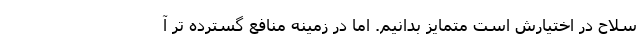
سلاح در اختیارش است متمایز بدانیم. اما در زمینه منافع گسترده تر آ